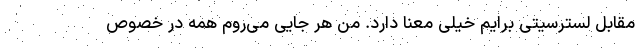
مقابل لسترسیتی برایم خیلی معنا دارد. من هر جایی می‌روم همه در خصوص